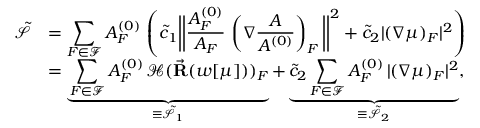
\begin{array} { r l } { \tilde { \mathcal { S } } } & { = \displaystyle \sum _ { F \in \mathcal { F } } A _ { F } ^ { ( 0 ) } \, \left( \tilde { c } _ { 1 } \bigg | \bigg | \frac { A _ { F } ^ { ( 0 ) } } { A _ { F } } \, \left( \nabla \frac { A } { A ^ { ( 0 ) } } \right) _ { F } \bigg | \bigg | ^ { 2 } + \tilde { c } _ { 2 } | ( \nabla \mu ) _ { F } | ^ { 2 } \right) } \\ & { = \underbrace { \displaystyle \sum _ { F \in \mathcal { F } } A _ { F } ^ { ( 0 ) } \, \mathcal { H } ( \vec { \bf R } ( w [ \mu ] ) ) _ { F } } _ { \equiv \tilde { \mathcal { S } } _ { 1 } } + \underbrace { \tilde { c } _ { 2 } \displaystyle \sum _ { F \in \mathcal { F } } A _ { F } ^ { ( 0 ) } \, | ( \nabla \mu ) _ { F } | ^ { 2 } } _ { \equiv \tilde { \mathcal { S } } _ { 2 } } , } \end{array}